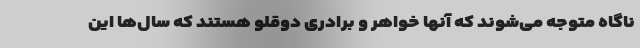
ناگاه متوجه می‌شوند که آنها خواهر و برادری دوقلو هستند که سال‌ها این